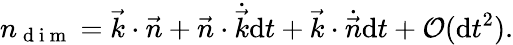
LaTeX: n_{\mathrm{~d~i~m~}}=\vec{k}\cdot\vec{n}+\vec{n}\cdot\dot{\vec{k}}\mathrm{d}t+\vec{k}\cdot\dot{\vec{n}}\mathrm{d}t+\mathcal{O}(\mathrm{d}t^{2}).